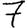
Digit: 7